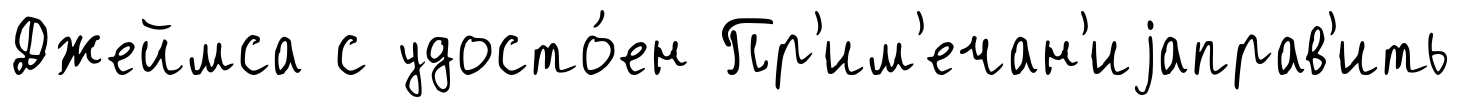
Джеймса с удосто́ен Пр'им'ечан'иjаправ'ить